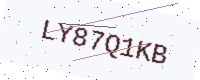
Text: LY87Q1KB